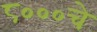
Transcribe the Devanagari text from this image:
८०००चे